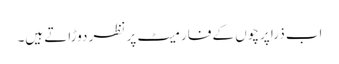
اب ذرا پرچوں کے فارمیٹ پر نظر دوڑاتے ہیں۔